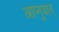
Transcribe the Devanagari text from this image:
आप्नुयात्